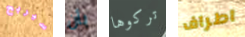
سيربح بأن تركوها اطراف